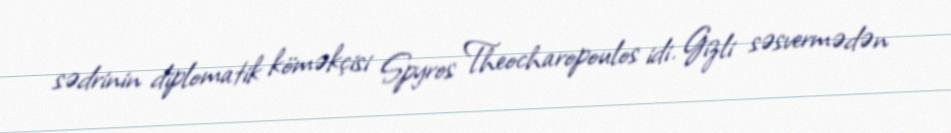
sədrinin diplomatik köməkçisi Spyros Theocharopoulos idi. Gizli səsvermədən